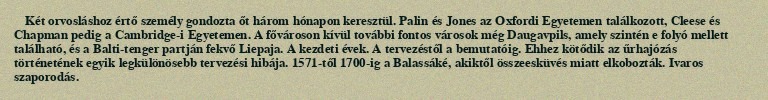
Két orvosláshoz értő személy gondozta őt három hónapon keresztül. Palin és Jones az Oxfordi Egyetemen találkozott, Cleese és Chapman pedig a Cambridge-i Egyetemen. A fővároson kívül további fontos városok még Daugavpils, amely szintén e folyó mellett található, és a Balti-tenger partján fekvő Liepaja. A kezdeti évek. A tervezéstől a bemutatóig. Ehhez kötődik az űrhajózás történetének egyik legkülönösebb tervezési hibája. 1571-től 1700-ig a Balassáké, akiktől összeesküvés miatt elkobozták. Ivaros szaporodás.